[Report on the health of British troops in the Madras command]
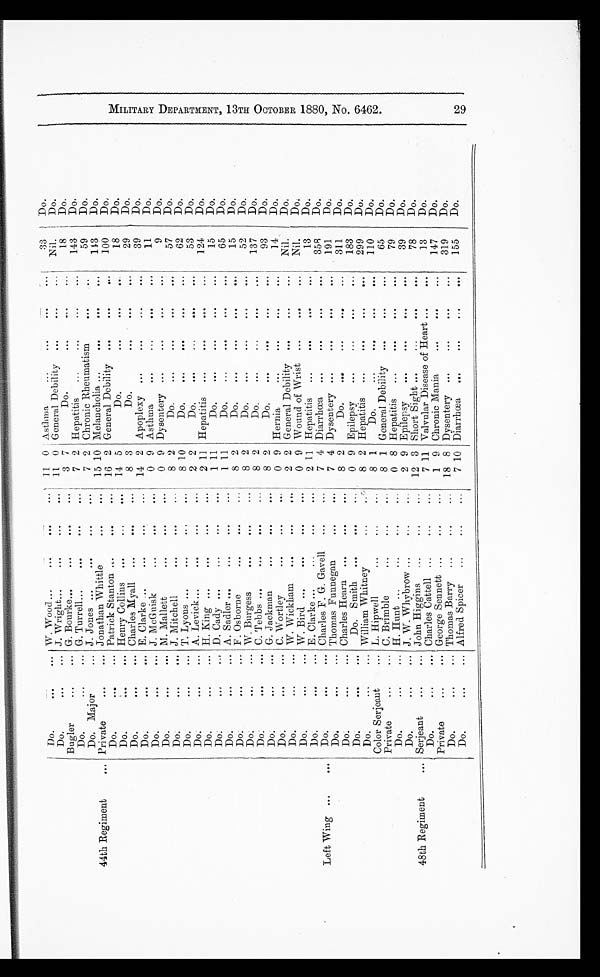
Do.
...
... W. Wood...
. . .
. . .
...
11 0 Asthma
...
...
...
...
3 3
Do.
M I L I T A R Y D E P A R T M E N T , 1 3 T H O C T O B E R 1 8 8 0 , N O . 6 4 6 2 .
Do.
...
... J. Wright...
...
...
. . . 11 0 General Debility
...
...
...
Nil.
Do.
Bugler
...
... G. Bourke...
...
. . .
...
3 7
Do.
...
...
...
18
Do.
Do.
...
.,. G. Turrell...
. . .
. . .
. . .
7 2 Hepatitis
...
...
...
...
143
Do.
Do. Major
... J. Jones ...
. . .
...
. . .
7 2 Chronic Rheumatism
...
...
59
Do.
44th Regiment
... Private
...
. . . Jonathan Whittle
...
. . .
15 10 Melancholia ...
...
...
...
1 4 3
Do.
Do.
...
. . . Patrick Stanton . . .
. . .
. . . 16 2 General Debility ...
...
...
100
D o .
Do.
...
... Henry Collins
...
...
. . . 14 5
Do.
...
...
...
18
Do.
Do.
...
. . . Charles Myall
...
...
...
8 3
Do.
...
...
...
29
Do.
Do.
...
... E. Clarke ...
. . .
...
...
14 2 Apoplexy ...
...
...
...
39
Do.
Do.
...
... J. McGuisk
...
...
. . .
0 9 Asthma
...
...
...
...
11
Do.
Do.
...
... M. Mallett
...
...
. . .
0 9 Dysentery ...
...
...
...
9
Do.
Do.
...
... J. Mitchell
...
...
...
8 2
Do.
...
...
...
...
57
Do.
Do.
...
... T. Lyons ...
. . .
. . .
. . .
8 10
Do.
. . .
...
...
...
62
Do.
Do.
...
... A. Levick ...
. . .
...
...
2 2
Do.
. . .
...
...
...
53
Do.
Do.
...
. . . H. King ...
. . .
...
. . .
2 11 Hepatitis
...
...
...
...
124
Do.
Do.
...
. . . D. Cady ...
...
...
...
1 11
Do.
. . .
...
...
...
15
Do.
Do.
...
... A. Sadler ...
. . .
. . .
. . .
1 11
Do.
...
...
...
...
65
Do.
Do.
...
. . . F. Osborne
...
...
. . .
8 2
Do.
. . .
...
. . .
...
15
Do.
Do.
...
... W. Burgess
...
...
...
8 2
Do.
. . .
...
...
...
52
Do.
Do.
...
... C . Tebbs ...
...
...
...
8 2
Do.
. . .
...
...
...
137
Do.
Do.
...
... G. Jackman
...
...
...
8 2
Do.
. . .
...
...
...
93
Do.
Do.
...
... C. Wortley
. . .
...
. . .
0 9 Hernia
...
...
...
...
14
Do.
Do.
...
... W. Wickham
. . .
. . .
. . .
2 2 General Debility ...
...
...
Nil.
D o .
Do.
...
... W. Bird ...
. . .
...
. . .
0 9 Wound of Wrist
...
...
...
Nil.
Do.
Do.
...
... E. Clarke ...
...
...
...
2 11 Hepatitis
...
...
...
...
13
Do.
Left Wing ...
. . .
Do.
...
... Charles F. G. Gavell
. . .
...
7 4 Diarrhœa ...
...
...
...
358
Do.
Do .
...
... Thomes Funnegan
. . .
. . .
7 4 Dysentery ...
...
...
...
191
Do.
Do.
...
. . . Charles Hearn ...
...
. . .
8 2
Do.
. . .
...
...
...
311
Do.
Do.
...
. . .
Do. Smith ...
...
...
0 9 Epilepsy
. . .
...
...
...
183
Do.
D o .
...
... William Whitney
...
. . . 8 2 Hepatitis
...
...
...
...
299
D o .
Color Serjeaut
... L. Hipwell
...
. . .
...
8 1
Do.
...
...
...
...
110
D o .
Private
...
. . . C. Brimble
. . .
...
. . . 8 1 General Debility
...
...
...
65
Do.
Do.
...
... H. Hunt ...
...
. . .
. . .
0 8 Hepatitis
...
...
...
...
79
Do.
Do.
...
... J. W. Whybrow ...
...
...
2 9 Epilepsy
. . .
...
...
...
39
Do.
48th Regiment
... Serjeant
...
. . . John Higgins
...
. . .
...
12 3 Short Sight ...
...
...
...
78
Do.
Do.
...
. . . Charles Cattell ...
...
. . .
7 11 Valvular Disease of Heart
...
...
13
Do.
Private
...
... George Sennett ...
...
...
1 9 Chronic Mania
...
. . .
...
147
Do.
Do.
...
... Thomas Barry ...
...
. . . 18 8 Dysentery ...
...
...
...
319
Do.
Do. ...
... Alfred Spicer
...
...
...
7 10 Diarrhœa
...
...
...
...
155
Do.